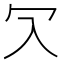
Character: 𠕳